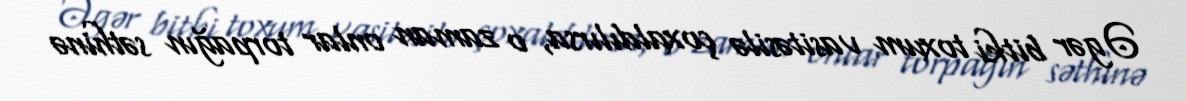
Əgər bitki toxum vasitəsilə çoxaldılırsa, o zaman onlar torpağın səthinə